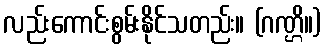
လည်းကောင်းစွမ်းနိုင်သတည်း။ (ဂဏ္ဌိ။)